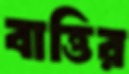
বাত্তির